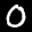
Label: 0